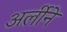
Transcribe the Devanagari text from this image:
अर्लीने